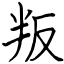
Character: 叛